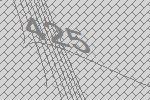
425